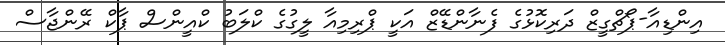
އިންޑިއާ-ޕޯޗްގީޒް ދަރިކޮޅުގެ ފެނާންޑޭޒް އަކީ ޕްރިމިއާ ލީގުގެ ކްލަބު ކްއީންސް ޕާކް ރޭންޖާސް